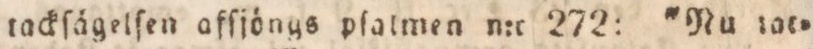
tackſågelſen afſjöngs plalmen n:r 272: 'Nu lat=